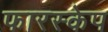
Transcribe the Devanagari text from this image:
फारस्केप